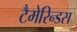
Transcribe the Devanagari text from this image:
टैमेरिन्डस